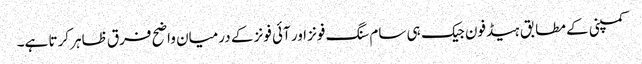
کمپنی کے مطابق ہیڈفون جیک ہی سام سنگ فونز اور آئی فونز کے درمیان واضح فرق ظاہر کرتا ہے۔